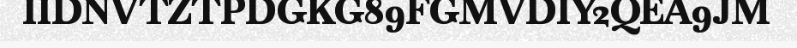
IIDNVTZTPDGKG89FGMVDIY2QEA9JM